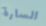
السارة